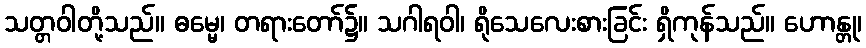
သတ္တဝါတို့သည်။ ဓမ္မေ၊ တရားတော်၌။ သဂါရဝါ၊ ရိုသေလေးစားခြင်း ရှိကုန်သည်။ ဟောန္တု၊